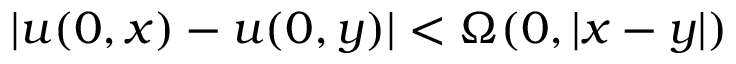
| u ( 0 , x ) - u ( 0 , y ) | < \Omega ( 0 , | x - y | )